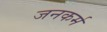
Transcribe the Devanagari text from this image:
जनकर्म